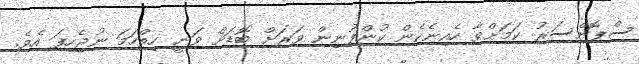
ސްޕޮންސަރު ކަމަށްވާ ހެއިނެކެން ކުންފުނިން ވަރަށް ބޮޑަށް ވަނީ ހިތްހަމަ ނުޖެހިފަ އެވެ.